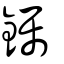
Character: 钃